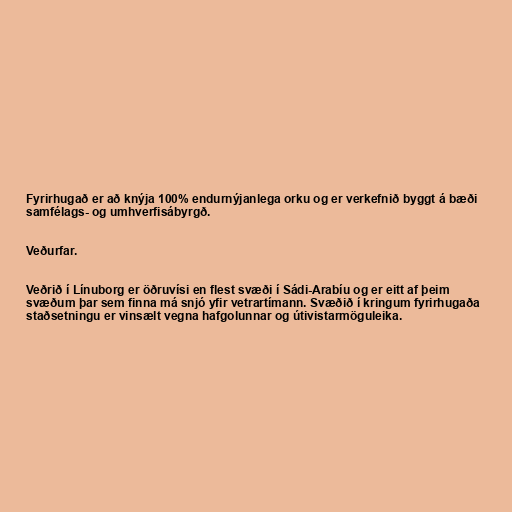
Fyrirhugað er að knýja 100% endurnýjanlega orku og er verkefnið byggt á bæði
samfélags- og umhverfisábyrgð.

Veðurfar.

Veðrið í Línuborg er öðruvísi en flest svæði í Sádi-Arabíu og er eitt af þeim
svæðum þar sem finna má snjó yfir vetrartímann. Svæðið í kringum fyrirhugaða
staðsetningu er vinsælt vegna hafgolunnar og útivistarmöguleika.